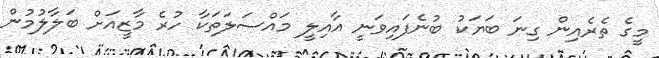
މީގެ ތެރެއިން ގިނަ ބަޔަކު ބުނެފައިވަނީ އާއިލީ މައްސަލަތަކާ ހުރެ މާޒީއަށް ބަލާލުމުން